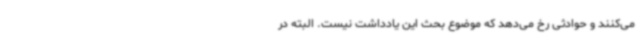
می‌کنند و حوادثی رخ می‌دهد که موضوع بحث این یادداشت نیست. البته در